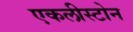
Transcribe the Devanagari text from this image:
एकलीस्टोन